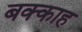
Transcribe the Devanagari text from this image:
बक्काह